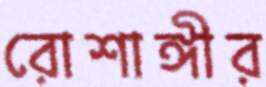
রোশাঙ্গীর